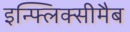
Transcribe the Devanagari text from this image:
इन्फ्लिक्सीमैब